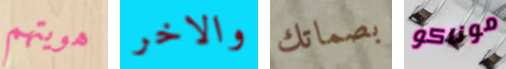
هويتهم والاخر بصماتك موناكو